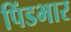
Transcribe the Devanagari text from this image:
पिंडभार